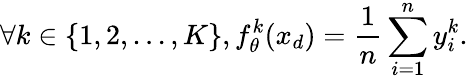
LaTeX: \forall k\in\{ 1,2,...,K\} ,f_{\theta}^{k}(x_{d})=\frac{1}{n}\sum_{i=1}^{n}y_{i}^{k}{\mathrm{.}}